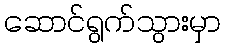
ဆောင်ရွက်သွားမှာ